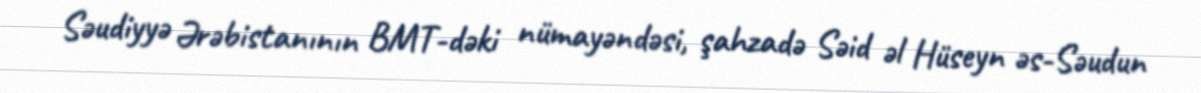
Səudiyyə Ərəbistanının BMT-dəki nümayəndəsi, şahzadə Səid əl Hüseyn əs-Səudun